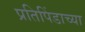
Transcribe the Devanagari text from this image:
प्रतिपिंडाच्या